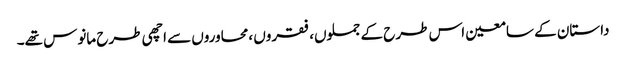
داستان کے سامعین اس طرح کے جملوں، فقروں ،محاوروں سے اچھی طرح مانوس تھے۔